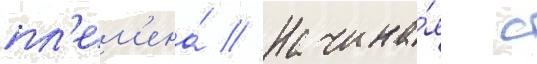
пл'ем'ена́ // Начина́я с